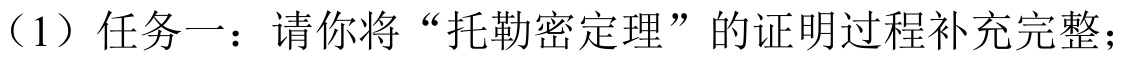
（1）任务一：请你将“托勒密定理”的证明过程补充完整；